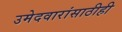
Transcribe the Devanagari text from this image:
उमेदवारांसाठीही